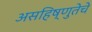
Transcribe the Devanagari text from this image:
असहिष्णुतेचे